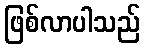
ဖြစ်လာပါသည်